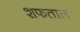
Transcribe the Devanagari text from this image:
शफताल